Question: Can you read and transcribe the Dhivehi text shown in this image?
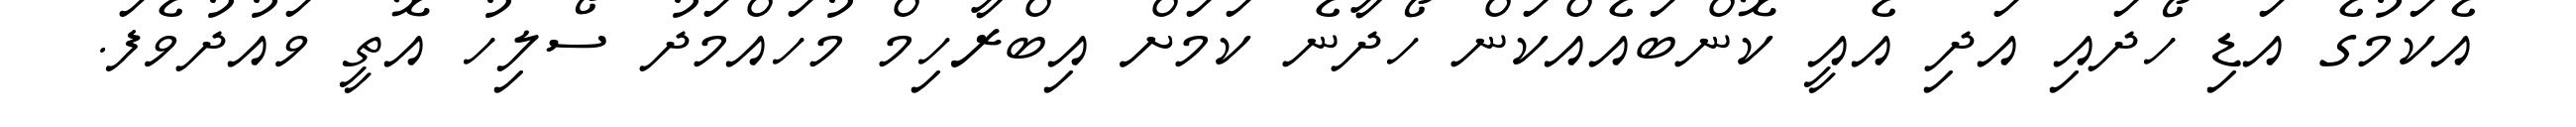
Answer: އެކަމުގެ އަޑި ހޯދައި އަދި އެއީ ކޮންބައެއްކަން ހޯދާނެ ކަމަށް އިބްރާހިމް މުހައްމަދު ސޯލިހު އޮތީ ވައުދުވެފަ.